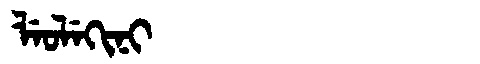
Manchu: ᠯᡝᠣᠯᡝᡴᡳᠨᡳ
Romanization: LEOLEKINI